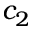
c _ { 2 }